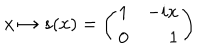
LaTeX: x \mapsto s ( x ) = \left( \begin{array} { l r } { { 1 } } & { { - i x } } \\ { { 0 } } & { { 1 } } \\ \end{array} \right)